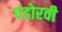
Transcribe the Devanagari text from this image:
पंडोरवी